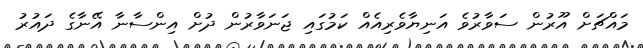
މައްޗަށް އޫރުން ސަވާރުވެ އަނިޔާވެރިއެއް ކަމުގައި ޖަނަވާރުން ދުށް އިންސާނާ އޭނާގެ ދައުރު